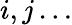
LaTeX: i,j\dots